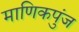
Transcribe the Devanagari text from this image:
माणिकपुंज